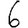
Digit: 6